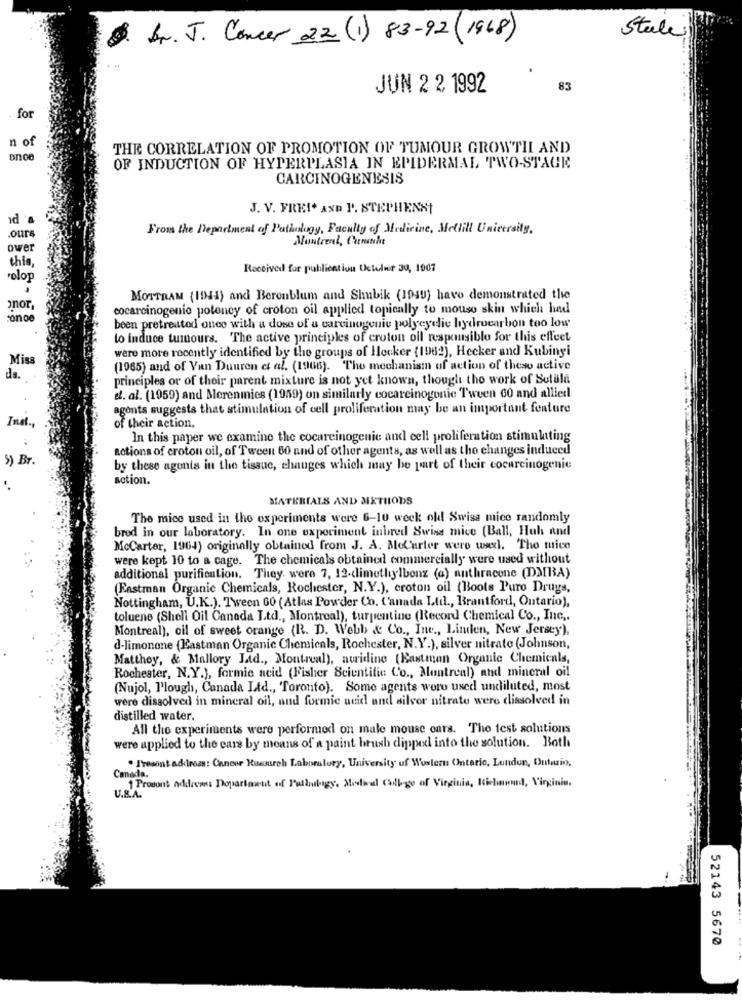
$. br. J. Cancer 22 (1) 83-92 (1968)
Stale
83
JUN 2 2 1992
for
n of
THE CORRELATION OF PROMOTION OF TUMOUR GROWTIL AND
OF INDUCTION OF HYPERPLASIA IN EPIDERMAL TWO-STAGE
CARCINOGENESIS
J. V. FREI. AND P. STEPHENSI
id 'a
.ours
From the Department of Pathology, Faculty of Medicine, Meltill University,
Montrent, Cunha
ower
this,
Received for publication Uctolur 39, 1907
Pelo
MOTTRAM (1941) and Berenblum and Shubik (1949) have demonstrated the
onor,
cocarcinogenic poloney of croton oil applied topically to mouse skin which had
been pretreated once with a dose of a carcinogenic polyeyelie hydrocarbon too low
to induce tumours. The active principles of croton oil responsible for this effect
were more recently identified by the groups of Hlouker (1982), Hecker and Kubinyi
Miss
(1965) and of Van Duuren et al. (1966). The mechanism of action of thewo active
de.
principles or of their parent mixture is not yet known, though tho work of Sutala
et. al. (1959) and Merenmies (1959) on similarly cocarcinogenic Tween 60 and allied
agents suggests that stimulation of cell proliferation may be an important feature
Inet .,
of their action,
In this paper we examine the cocarcinogenic and cell proliferation stimulating
actions of croton oil, of Tween 60 and of other agents, as well as tho changes induced
5) Br.
by these agents in the tissue, changes which may be part of their cocarcinogenie
action.
MATERIALS AND METHODS
The mice used in the experiments were 6-10 week old Swiss mice randomly
brod in our laboratory. In one experiment inbred Swiss mice (Ball, Huh and
McCarter, 1964) originally obtained from J. A. MoCarter were wwe. Tho mice
were kept 10 to a cage. The chemicals obtained commercially were used without
additional purification. They were 7, 12-dimethylbenz (a) anthracone (DMIBA)
(Eastman Organic Chemicals, Rochester, N.Y.), croton oil (Boots Puro Drugs,
Nottingham, U.K.). Tween 60 (Atlas Powder Co. Canada Ltd ., Brantford, Ontario),
toluene (Shell Oil Canada Ltd ., Montreal), turpentine (Record Chemical Co ., Inc ..
Montreal), cil of sweet orange (R. D. Webb & Co ., Inc ., Linden, New Jersey),
d-limonone (Eastman Organic Chemicals, Rochester, N.Y.), silver nitrate (Johnson,
Matthoy, & Mallory Ltd ., Montreal), awridine (Eastman Organic Chemicals,
Rochester, N.Y.), formie neid (Fisher Scientific Co ., Montreal) and mineral oil
(Nujol, Plough, Canada Ltd ., Toronto). Some agents wore used undiluted, most
were dissolved in mineral oil, and formic acid and silver nitrate were dissolved in
distilled water.
All the experiments were performed on male mouse cars. The fest solutions
were applied to the ears by means of a paint brush dipped into the solution. Both
. I'vesont address: Canone Rusuroh Laboratory, University of Western Ontario, Lundon, Ontario.
Canada.
Prodont Address Department of Failuligy. Medical College of Virginia, Kichououd, Virginia.
U.S.A.
52143 5670